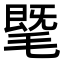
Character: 𣯦